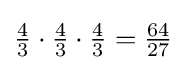
{\tfrac {4}{3}}\cdot {\tfrac {4}{3}}\cdot {\tfrac {4}{3}}={\tfrac {64}{27}}